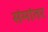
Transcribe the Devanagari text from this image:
संमांतर